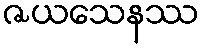
ဇယသေနဿ